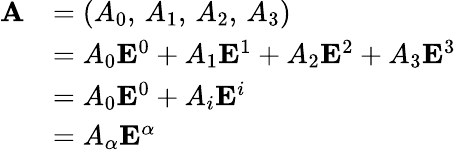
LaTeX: {\begin{array}{rl}{\mathbf{A}}&{=(A_{0},\, A_{1},\, A_{2},\, A_{3})}\\ &{=A_{0}\mathbf{E}^{0}+A_{1}\mathbf{E}^{1}+A_{2}\mathbf{E}^{2}+A_{3}\mathbf{E}^{3}}\\ &{=A_{0}\mathbf{E}^{0}+A_{i}\mathbf{E}^{i}}\\ &{=A_{\alpha}\mathbf{E}^{\alpha}}\end{array}}